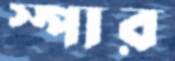
স্পার